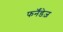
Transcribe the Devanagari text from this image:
फर्नॅंडेज़